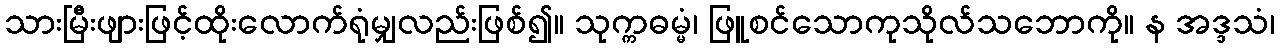
သားမြီးဖျားဖြင့်ထိုးလောက်ရုံမျှလည်းဖြစ်၍။ သုက္ကဓမ္မံ၊ ဖြူစင်သောကုသိုလ်သဘောကို။ န အဒ္ဒသံ၊